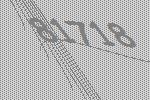
81718